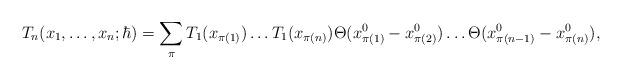
LaTeX: \begin{align*}T_n(x_1, \ldots, x_n; \hbar) = \sum_{\pi} T_1(x_{\pi (1)} ) \ldots T_1(x_{\pi (n)} ) \Theta (x_{\pi (1)}^0 - x_{\pi (2)}^0 ) \ldots \Theta (x_{\pi (n-1)}^0 - x_{\pi (n)}^0),\end{align*}